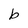
Character: b